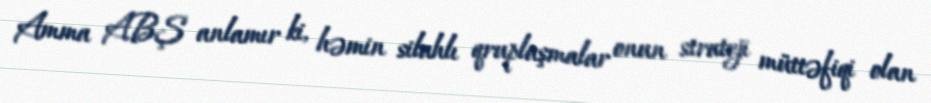
Amma ABŞ anlamır ki, həmin silahlı qruplaşmalar onun strateji müttəfiqi olan